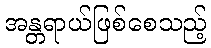
အန္တရာယ်ဖြစ်စေသည့်